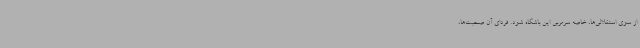
از سوی استقلالی‌ها، خاصه سرمربی این باشگاه شود. فردای آن صحبت‌ها،